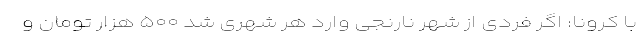
با کرونا: اگر فردی از شهر نارنجی وارد هر شهری شد ۵۰۰ هزار تومان و